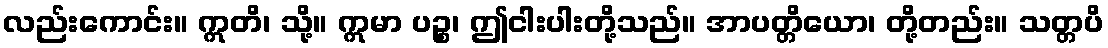
လည်းကောင်း။ ဣတိ၊ သို့။ ဣမာ ပဉ္စ၊ ဤငါးပါးတို့သည်။ အာပတ္တိယော၊ တို့တည်း။ သတ္တပိ